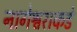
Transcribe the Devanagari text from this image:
नागेश्वराकडे